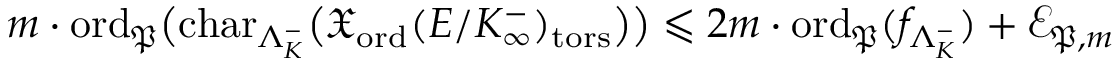
m \cdot \mathrm { o r d } _ { \mathfrak { P } } \bigl ( \mathrm { c h a r } _ { \Lambda _ { K } ^ { - } } \bigl ( \mathfrak { X } _ { \mathrm { o r d } } ( E / K _ { \infty } ^ { - } ) _ { \mathrm { t o r s } } \bigr ) \bigr ) \leqslant 2 m \cdot \mathrm { o r d } _ { \mathfrak { P } } ( f _ { \Lambda _ { K } ^ { - } } ) + \mathcal { E } _ { \mathfrak { P } , m }